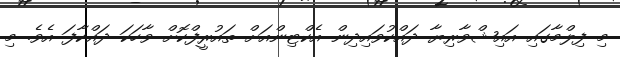
މި ފިލްމާގައި އައިޝްވާރިޔާ ދައްކުވައިދިން އެކްޓިންއަށް ތައުރީފްކޮށް ވާހަކަ ދައްކާފަ އެވެ. މި